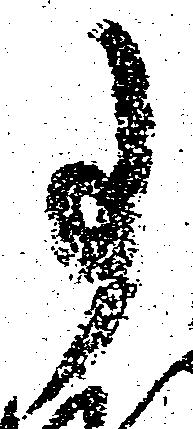
事